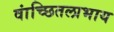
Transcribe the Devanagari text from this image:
वांच्छितलाभाय